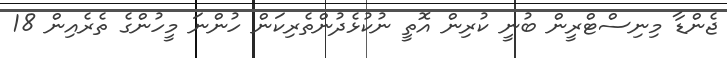
ޖެންޑާ މިނިސްޓްރީން ބުނީ ކުރިން އޮތީ ނުކުޅެދުންތެރިކަން ހުންނަ މީހުންގެ ތެރެއިން 18